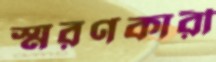
স্মরণকারী